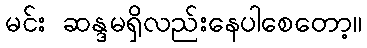
မင်း ဆန္ဒမရှိလည်းနေပါစေတော့။